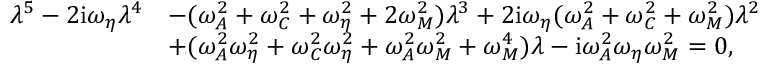
\begin{array} { r l } { \lambda ^ { 5 } - 2 \mathrm { i } \omega _ { \eta } \lambda ^ { 4 } } & { - ( \omega _ { A } ^ { 2 } + \omega _ { C } ^ { 2 } + \omega _ { \eta } ^ { 2 } + 2 \omega _ { M } ^ { 2 } ) \lambda ^ { 3 } + 2 \mathrm { i } \omega _ { \eta } ( \omega _ { A } ^ { 2 } + \omega _ { C } ^ { 2 } + \omega _ { M } ^ { 2 } ) \lambda ^ { 2 } } \\ & { + ( \omega _ { A } ^ { 2 } \omega _ { \eta } ^ { 2 } + \omega _ { C } ^ { 2 } \omega _ { \eta } ^ { 2 } + \omega _ { A } ^ { 2 } \omega _ { M } ^ { 2 } + \omega _ { M } ^ { 4 } ) \lambda - \mathrm { i } \omega _ { A } ^ { 2 } \omega _ { \eta } \omega _ { M } ^ { 2 } = 0 , } \end{array}